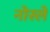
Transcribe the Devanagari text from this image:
नोस्ले